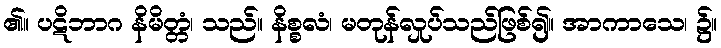
၏။ ပဋိဘာဂ နိမိတ္တံ၊ သည်။ နိစ္စလံ၊ မတုန်လှုပ်သည်ဖြစ်၍။ အာကာသေ၊ ၌။